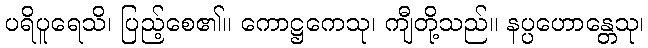
ပရိပူရေသိ၊ ပြည့်စေ၏။ ကောဋ္ဌကေသု၊ ကျီတို့သည်။ နပ္ပဟောန္တေသု၊